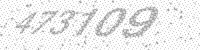
Solution: 473109